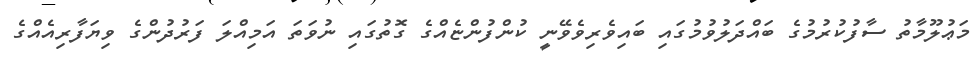
މަޢުލޫމާތު ސާފުކުރުމުގެ ބައްދަލުވުމުގައި ބައިވެރިވެވޭނީ ކުންފުންޏެއްގެ ގޮތުގައި ނުވަތަ އަމިއްލަ ފަރުދުންގެ ވިޔަފާރިއެއްގެ